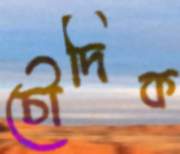
চৌদিক